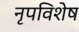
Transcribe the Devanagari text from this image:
नृपविशेष